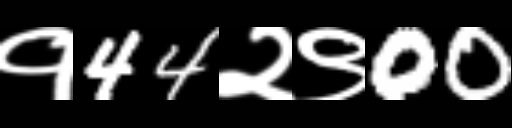
Text: १44२९00